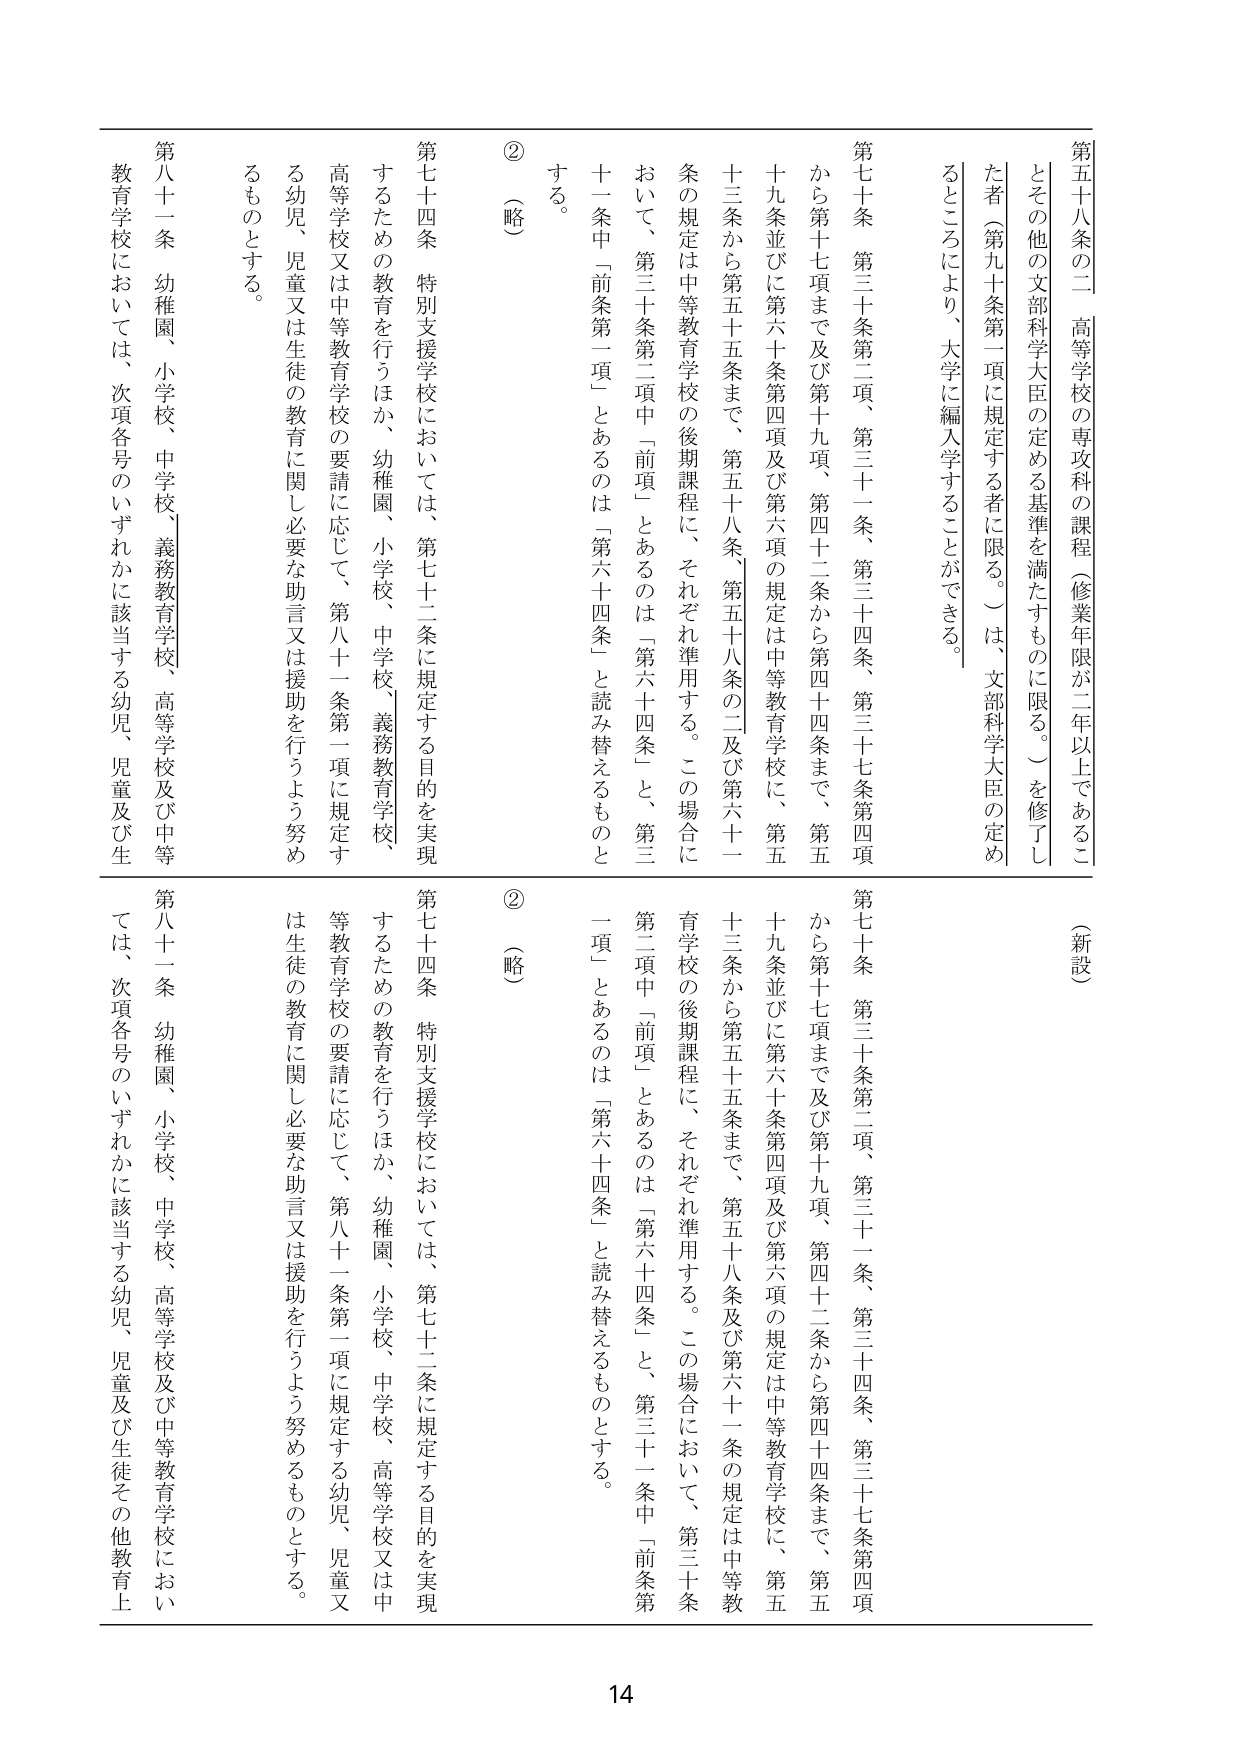
第五十八条の二 高等学校の専攻科の課程（修業年限が二年以上であるこ
とその他の文部科学大臣の定める基準を満たすものに限る。）を修了し
た者（第九十条第一項に規定する者に限る。）は、文部科学大臣の定め
るところにより、大学に編入学することができる。

第七十条 第三十条第二項、第三十一条、第三十四条、第三十七条第四項
から第十七項まで及び第十九項、第四十二条から第四十四条まで、第五
十九条並びに第六十条第四項及び第六項の規定は中等教育学校に、第五
十三条から第五十五条まで、第五十八条、第五十八条の二及び第六十一条の規定は中等教育学校の後期課程に、それぞれ準用する。この場合に
おいて、第三十条第二項中「前項」とあるのは「第六十四条」と、第三
十一条中「前条第一項」とあるのは「第六十四条」と読み替えるものと
する。

②（略）

第七十四条 特別支援学校においては、第七十二条に規定する目的を実現
するための教育を行うほか、幼稚園、小学校、中学校、義務教育学校、
高等学校又は中等教育学校の要請に応じて、第八十一条第一項に規定す
る幼児、児童又は生徒の教育に関し必要な助言又は援助を行うよう努め
るものとする。

第八十一条 幼稚園、小学校、中学校、義務教育学校、高等学校及び中等
教育学校においては、次項各号のいずれかに該当する幼児、児童及び生

（新設）

第七十条 第三十条第二項、第三十一条、第三十四条、第三十七条第四項
から第十七項まで及び第十九項、第四十二条から第四十四条まで、第五
十九条並びに第六十条第四項及び第六項の規定は中等教育学校に、第五
十三条から第五十五条まで、第五十八条及び第六十一条の規定は中等教
育学校の後期課程に、それぞれ準用する。この場合において、第三十条
第二項中「前項」とあるのは「第六十四条」と、第三十一条中「前条第
一項」とあるのは「第六十四条」と読み替えるものとする。

②（略）

第七十四条 特別支援学校においては、第七十二条に規定する目的を実現
するための教育を行うほか、幼稚園、小学校、中学校、高等学校又は中
等教育学校の要請に応じて、第八十一条第一項に規定する幼児、児童又
は生徒の教育に関し必要な助言又は援助を行うよう努めるものとする。

第八十一条 幼稚園、小学校、中学校、高等学校及び中等教育学校におい
ては、次項各号のいずれかに該当する幼児、児童及び生徒その他教育上

14